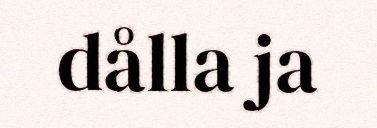
dålla ja